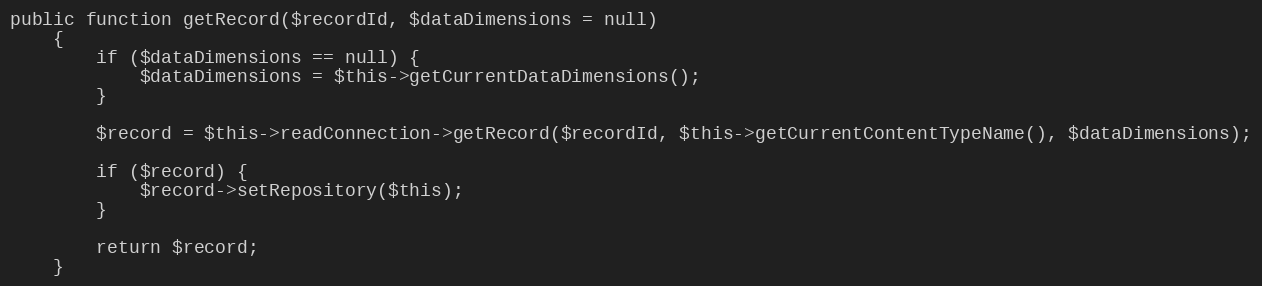
Language: PHP
public function getRecord($recordId, $dataDimensions = null)
    {
        if ($dataDimensions == null) {
            $dataDimensions = $this->getCurrentDataDimensions();
        }

        $record = $this->readConnection->getRecord($recordId, $this->getCurrentContentTypeName(), $dataDimensions);

        if ($record) {
            $record->setRepository($this);
        }

        return $record;
    }